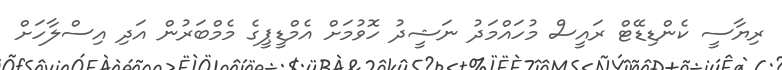
ރިޔާސީ ކެންޑިޑޭޓް ރައީސް މުހައްމަދު ނަޝީދު ހޮވުމަށް އެމްޑީޕީގެ މެމްބަރުން އަދި އިސްލާހަށް